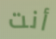
أنت